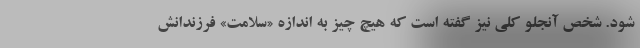
شود. شخص آنجلو کلی نیز گفته است که هیچ چیز به اندازه «سلامت» فرزندانش